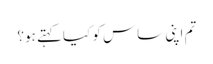
تم اپنی ساس کو کیا کہتے ہو؟